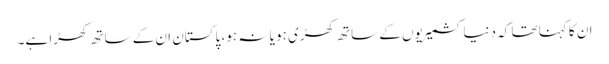
ان کا کہنا تھا کہ دنیا کشمیریوں کے ساتھ کھڑی ہو یا نہ ہو، پاکستان ان کے ساتھ کھڑا ہے۔